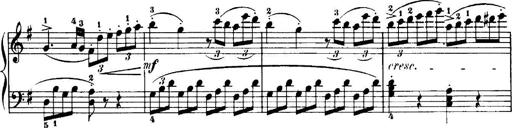
Title: 7 Sonatinas
Composer: Anton Diabelli